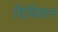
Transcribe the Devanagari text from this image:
दिविसन